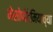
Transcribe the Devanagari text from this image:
मेसोपोटेमियाच्या